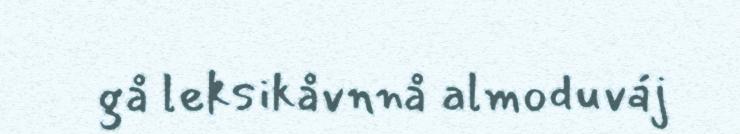
gå leksikåvnnå almoduváj